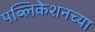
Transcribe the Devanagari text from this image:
पब्लिकेशनच्या